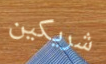
شريكين